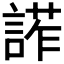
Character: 𧩳